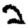
Digit: 2